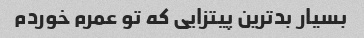
بسیار بد‌ترین پیتزایی که تو عمرم خوردم